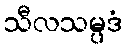
သီလသမ္ပဒံ